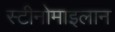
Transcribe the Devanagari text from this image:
स्टीनोमाइलान